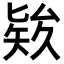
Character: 𥏑